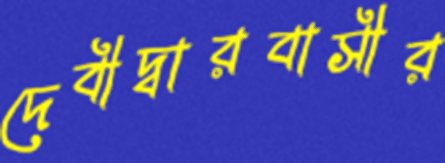
দেবীদ্বারবাসীর